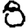
Digit: 8